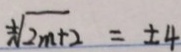
\sqrt [ \pm ] { 2 m + 2 } = \pm 4